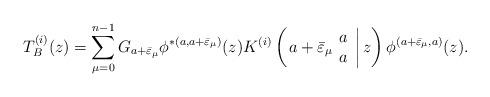
LaTeX: \begin{align*}T^{(i)}_B (z) =\displaystyle\sum_{\mu= 0}^{n-1} G_{a+\bar{\varepsilon}_\mu}\phi^{*(a,a+\bar{\varepsilon}_\mu )}(z)K^{(i)}\left( \left. a+\bar{\varepsilon}_\mu \begin{array}{c} a \\ a \end{array} \right| z \right) \phi^{(a+\bar{\varepsilon}_\mu ,a)}(z).\end{align*}